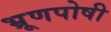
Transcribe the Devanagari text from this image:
भ्रूणपोषी